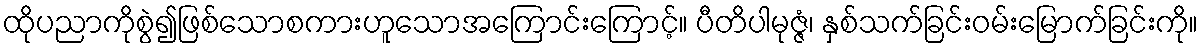
ထိုပညာကိုစွဲ၍ဖြစ်သောစကားဟူသောအကြောင်းကြောင့်။ ပီတိပါမုဇ္ဇံ၊ နှစ်သက်ခြင်းဝမ်းမြောက်ခြင်းကို။